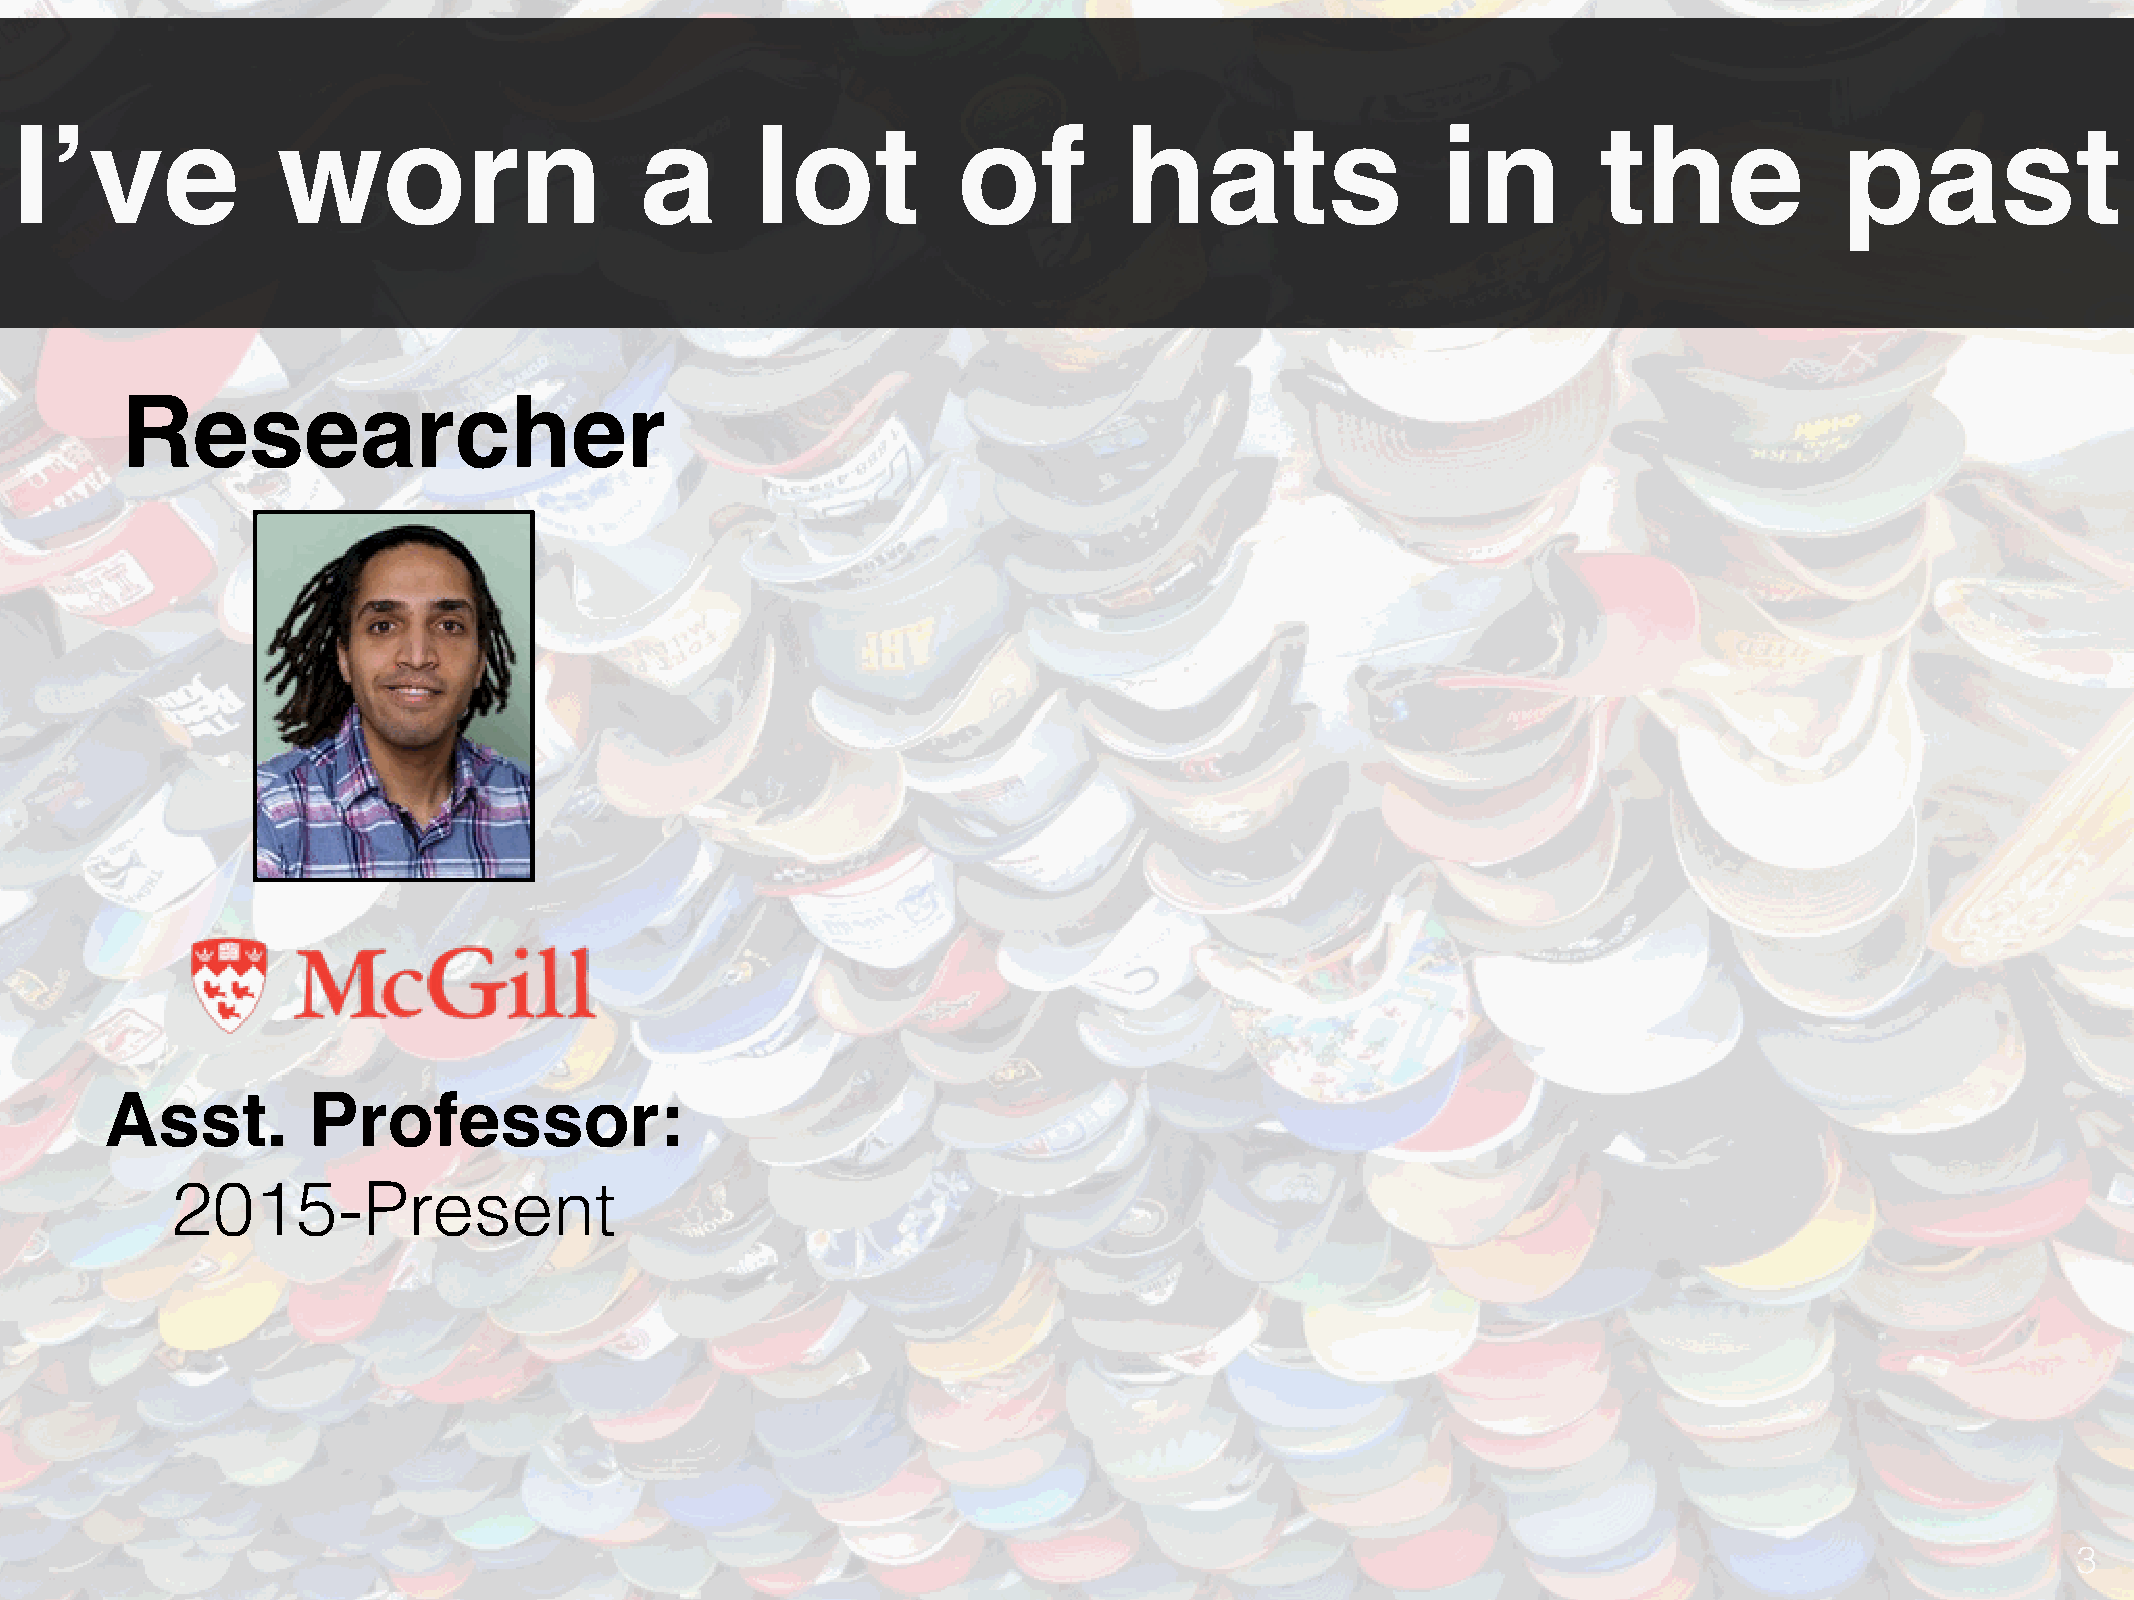
I’ve             worn                    a       lot          of         hats                 in         the             past
 Researcher
 Asst.        Professor:
 2015-Present
 3